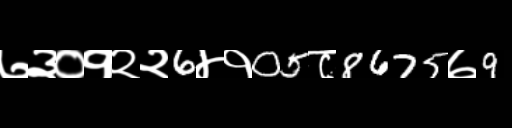
Text: ७३०१२२6४१05८8675७9